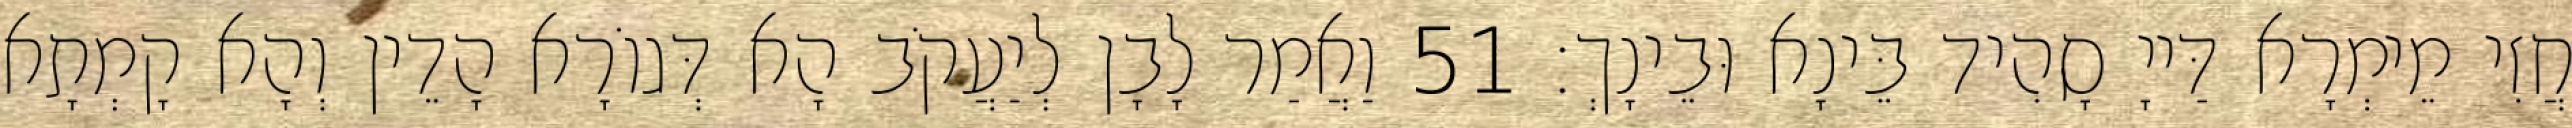
חֲזִי מֵימְרָא דַּייָ סָהִיד בֵּינָא וּבֵינָךְ׃ 51 וַאֲמַר לָבָן לְיַעֲקֹב הָא דְּגוֹרָא הָדֵין וְהָא קָמְתָא